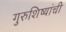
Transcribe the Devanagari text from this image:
गुरुशिष्यांची